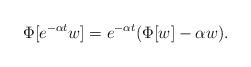
LaTeX: \begin{align*}\Phi[e^{-\alpha t} w]=e^{-\alpha t} ( \Phi[w] - \alpha w ).\end{align*}